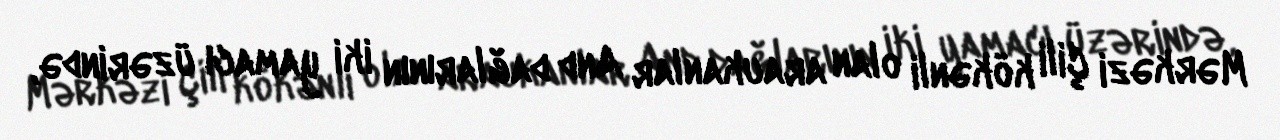
Mərkəzi Çili kökənli olan araukanlar And dağlarının iki yamacı üzərində,